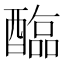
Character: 𫑻